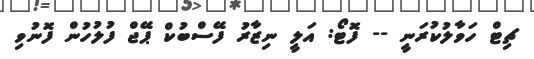
ޗިޓް ހަވާލުކުރަނީ -- ފޮޓޯ: އަލީ ނިޒާރު ފޭސްބުކް ޕޭޖް ފުލުހުން ފޮނުވި